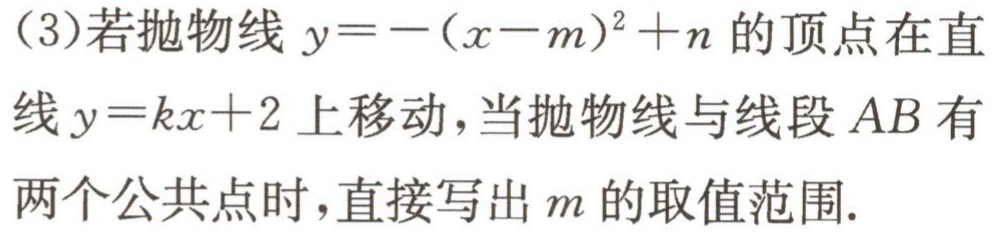
（3）若抛物线\(y = -(x - m)^{2}+n\)的顶点在直线\(y = kx + 2\)上移动，当抛物线与线段\(AB\)有两个公共点时，直接写出\(m\)的取值范围.